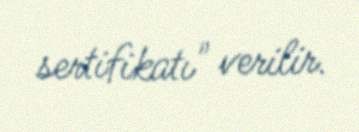
sertifikatı" verilir.